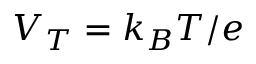
V _ { T } = k _ { B } T / e